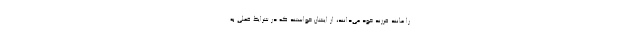
را مانند فرزند خود می‌دانند، از ایشان خواستند که در شرایط فعلی به